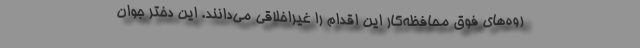
روه‌های فوق محافظه‌کار این اقدام را غیراخلاقی می‌دانند. این دختر جوان